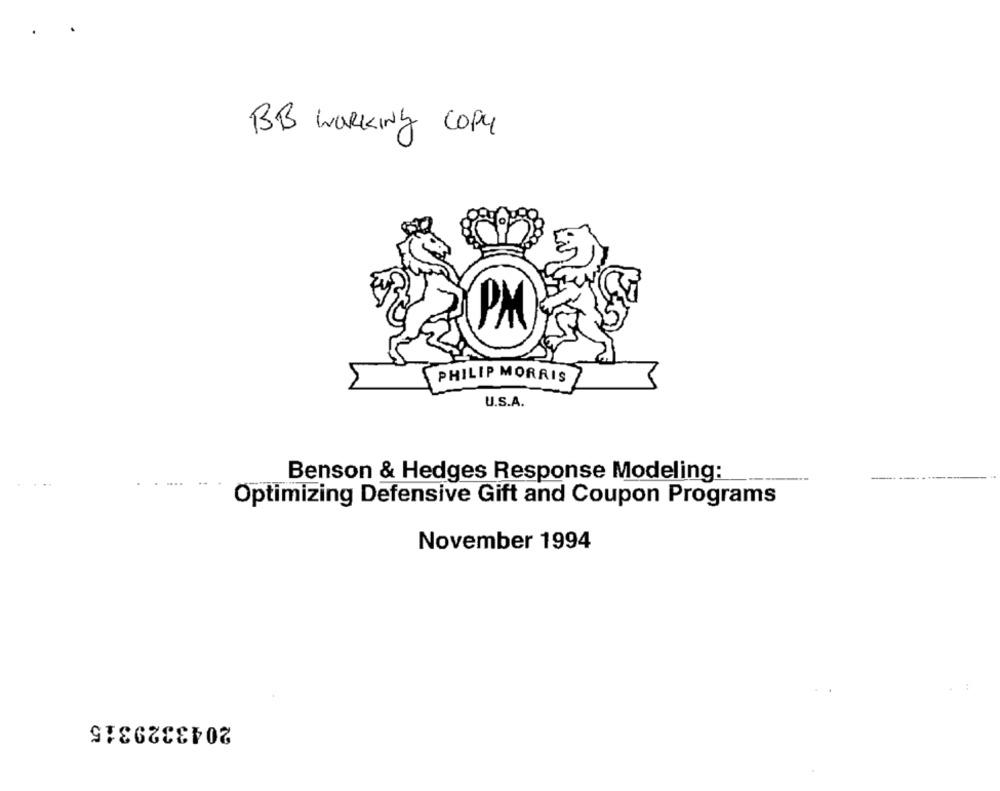
BB WORKING COPY
PM
PHILIP MORRIS
U.S.A.
Benson & Hedges Response Modeling:
Optimizing Defensive Gift and Coupon Programs
November 1994
2043329315